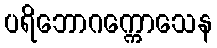
ပရိဘောဂက္ကောသေန